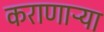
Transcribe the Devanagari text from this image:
कराणाऱ्या